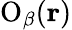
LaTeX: {{{\mathrm O}}_{\beta}}(\mathbf{r})